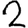
Digit: 2